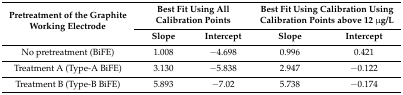
| <ROWSPAN=2> Pretreatment of the Graphite Working Electrode | <COLSPAN=2> Best Fit Using All Calibration Points | <COLSPAN=2> Best Fit Using Calibration Using Calibration Points above 12 μg/L |
 | Slope | Intercept | Slope | Intercept |
 | --- | --- | --- | --- | --- |
 | No pretreatment (BiFE) | 1.008 | −4.698 | 0.996 | 0.421 |
 | Treatment A (Type-A BiFE) | 3.130 | −5.838 | 2.947 | −0.122 |
 | Treatment B (Type-B BiFE) | 5.893 | −7.02 | 5.738 | −0.174 |